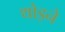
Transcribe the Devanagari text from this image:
थोड़ने